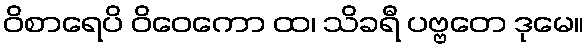
ဝိစာရေပိ ဝိဝေကော ထ၊ သိခရီ ပဗ္ဗတေ ဒုမေ။